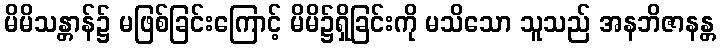
မိမိသန္တာန်၌ မဖြစ်ခြင်းကြောင့် မိမိ၌ရှိခြင်းကို မသိသော သူသည် အနဘိဇာနန္တ